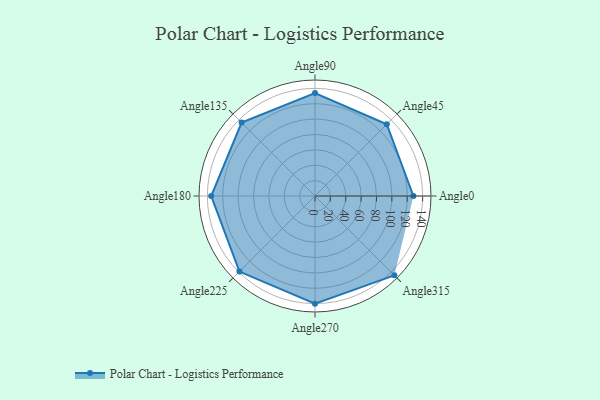
{"axis": {"x": "Angle", "y": "Radius"}, "legend": [""], "data": [{"x": "Angle0", "y": 128.0, "type": ""}, {"x": "Angle45", "y": 132.0, "type": ""}, {"x": "Angle90", "y": 134.0, "type": ""}, {"x": "Angle135", "y": 135.0, "type": ""}, {"x": "Angle180", "y": 135.0, "type": ""}, {"x": "Angle225", "y": 139.0, "type": ""}, {"x": "Angle270", "y": 140.0, "type": ""}, {"x": "Angle315", "y": 146.0, "type": ""}]}